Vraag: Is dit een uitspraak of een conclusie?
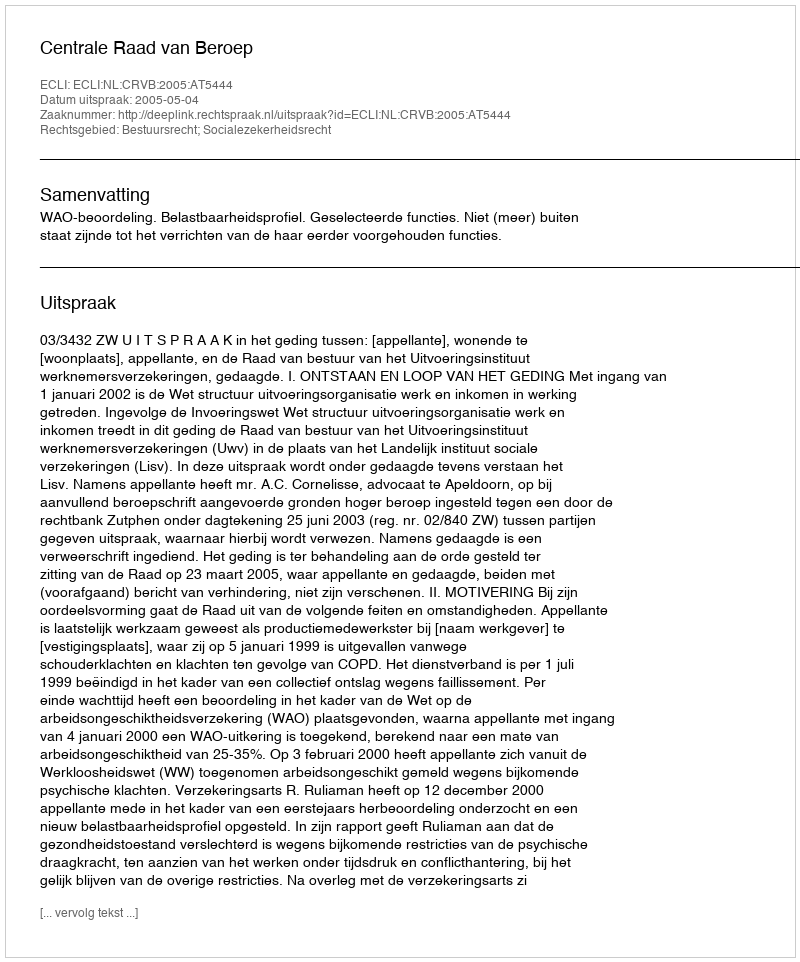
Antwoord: Uitspraak